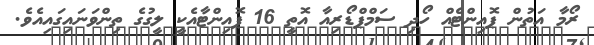
ރޯމާ އަތުން ޕޮއިންޓެއް ހޯދި ސަމްޕްޑޯރިއާ އޮތީ 16 ޕޮއިންޓާއެކީ ލީގުގެ ތިންވަނައިގައިއެވެ.